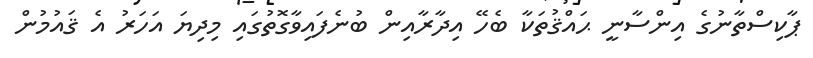
ޕާކިސްތާނުގެ އިންސާނީ ޙައްޤުތަކާ ބެހޭ އިދާރާއިން ބުނެފައިވާގޮތުގައި މިދިޔަ އަހަރު އެ ޤައުމުން